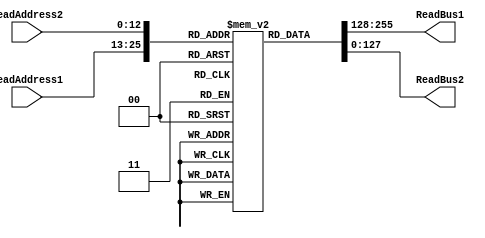
`timescale 1ns / 1ps
module sram_2R (ReadAddress1, ReadAddress2, ReadBus1, ReadBus2);
input  [12:0]  ReadAddress1, ReadAddress2; // Change as you change size of SRAM
output [127:0] ReadBus1;
output [127:0] ReadBus2;

reg [127:0] Register [0:8191];   // 8192 words, with each 128 bits wide
reg [127:0] ReadBus1;
reg [127:0] ReadBus2;

// Note the 4 ns delay - this is the OUTPUT DELAY FOR THE MEMORY FOR SYNTHESIS
always@(*) 
  begin 
    #4 ReadBus1  =  Register[ReadAddress1];
    ReadBus2  =  Register[ReadAddress2];
  end
endmodule